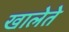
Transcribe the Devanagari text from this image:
खालेते